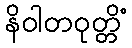
နိဝါတဝုတ္တိံ